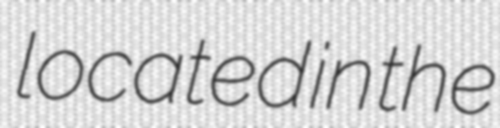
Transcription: located in the